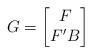
LaTeX: \begin{align*}G= \begin{bmatrix} F\\ F'B\end{bmatrix}\end{align*}